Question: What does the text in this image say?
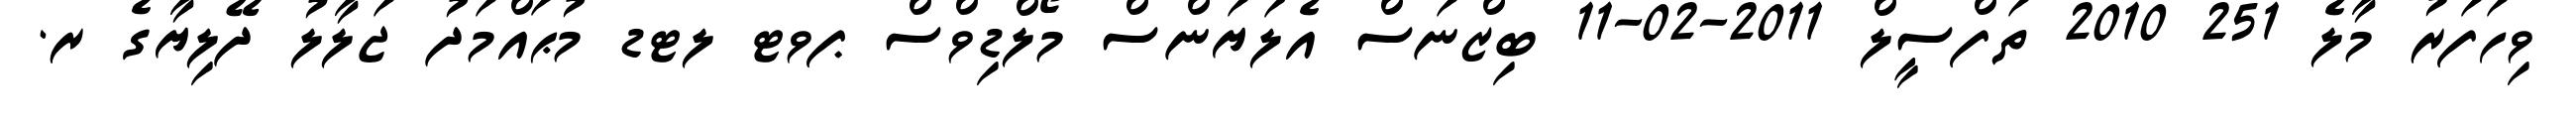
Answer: ވިހަފަރު މާލެ 251 2010 ތަފްސީލް 2011-02-11 ބިޒްނަސް އެލަޔަންސް މޯލްޑިވްސް ޕވޓ ލޓޑ މުޙައްމަދު ޖަލާލު ދޭލިޔާގެ ރ.